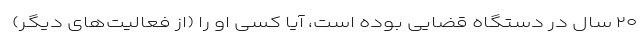
۲۰ سال در دستگاه قضایی بوده است، آیا کسی او را (از فعالیت‌های دیگر)